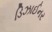
ડિઝાઈનર